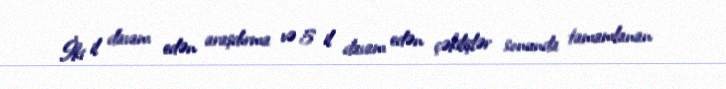
İki il davam edən araşdırma və 5 il davam edən çəkilişlər sonunda tamamlanan